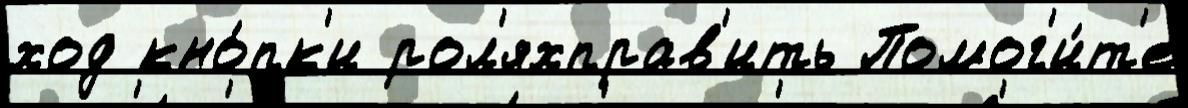
ход кно́пк'и рол'яхправ'ить Помог'и́т'е